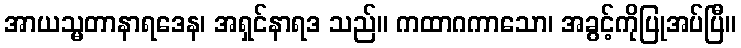
အာယသ္မတာနာရဒေန၊ အရှင်နာရဒ သည်။ ကထာဂကာသော၊ အခွင့်ကိုပြုအပ်ပြီ။